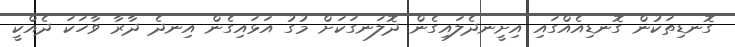
ގޮނޑިތަކުން ގޮނޑިއެއްގައި އިށީނދެލައިގެން ދޮލަނގަކަށް މުގު އަޅައިގެން އިނދެ ދާރާ ވާހަކަ ދެއްކީ